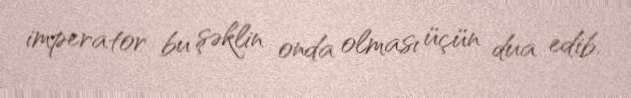
imperator bu şəklin onda olması üçün dua edib.